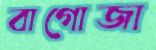
বাগোজা